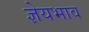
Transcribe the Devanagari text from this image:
ज्ञेयभाव